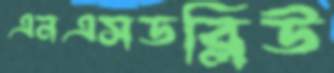
এনএসডব্লিউ